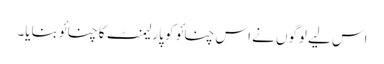
اس لیے لوگوں نے اس چنائو کو پارلیمنٹ کا چنائو بنایا۔